Annual report of the Punjab Veterinary College and of the Civil Veterinary Department, Punjab - 1920-1925
Year: 1920
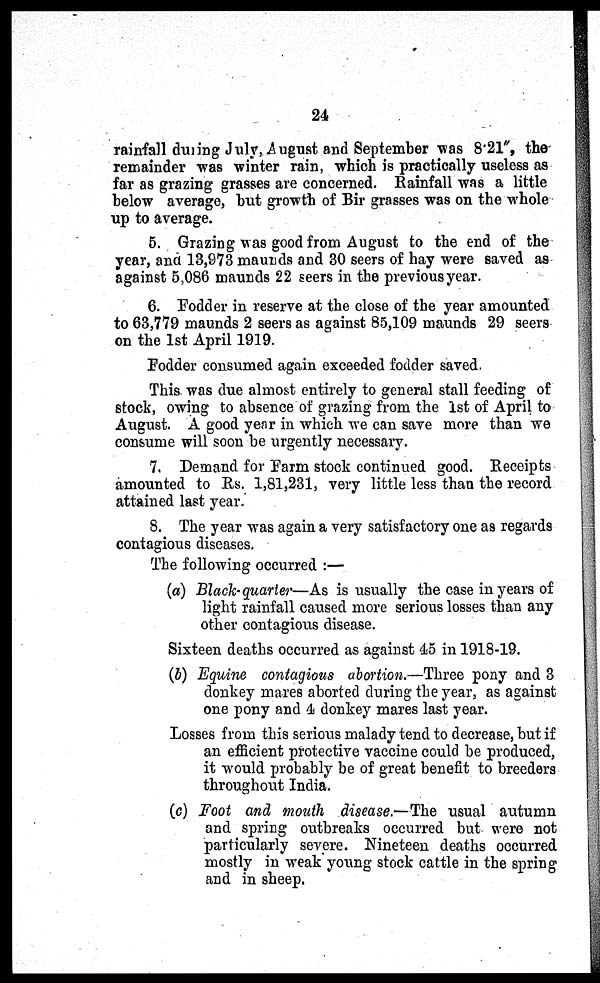
24
rainfall during July, August and September was 8.21", the
remainder was winter rain, which is practically useless as
far as grazing grasses are concerned. Rainfall was a little
below average, but growth of Bir grasses was on the whole
up to average.
5. Grazing was good from August to the end of the
year, and 13,973 maunds and 30 seers of hay were saved as
against 5,086 maunds 22 seers in the previous year.
6. Fodder in reserve at the close of the year amounted
to 63,779 maunds 2 seers as against 85,109 maunds 29 seers
on the 1st April 1919.
Fodder consumed again exceeded fodder saved.
This was due almost entirely to general stall feeding of
stock, owing to absence of grazing from the 1st of April to
August. A good year in which we can save more than we
consume will soon be urgently necessary.
7. Demand for Farm stock continued good. Receipts
amounted to Rs. 1,81,231, very little less than the record
attained last year.
8. The year was again a very satisfactory one as regards
contagious diseases.
The following occurred:—
(a) Black-quarter—As is usually the case in years of
light rainfall caused more serious losses than any
other contagious disease.
Sixteen deaths occurred as against 45 in 1918-19.
(b) Equine contagious abortion.—Three pony and 3
donkey mares aborted during the year, as against
one pony and 4 donkey mares last year.
Losses from this serious malady tend to decrease, but if
an efficient protective vaccine could be produced,
it would probably be of great benefit to breeders
throughout India.
(c) Foot and mouth disease.—The usual autumn
and spring outbreaks occurred but were not
particularly severe. Nineteen deaths occurred
mostly in weak young stock cattle in the spring
and in sheep.